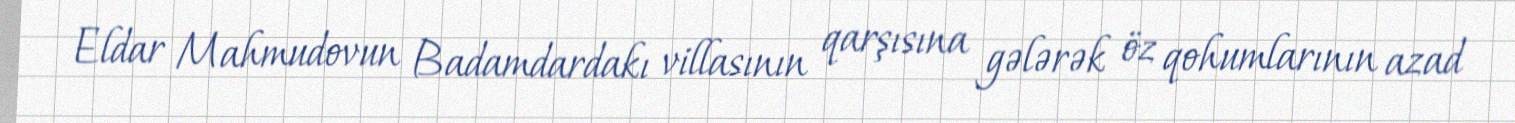
Eldar Mahmudovun Badamdardakı villasının qarşısına gələrək öz qohumlarının azad